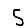
Digit: 5